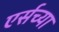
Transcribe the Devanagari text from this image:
एर्सच्या